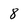
Character: 8